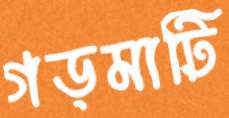
গড়মাটি